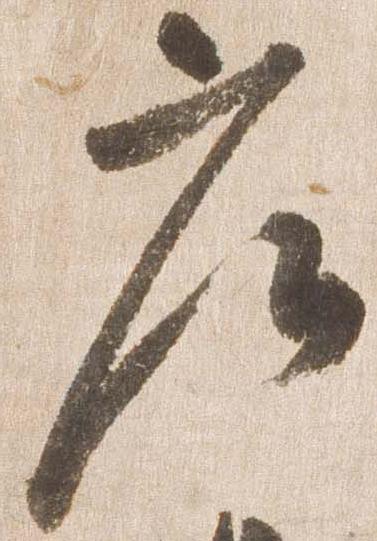
庄